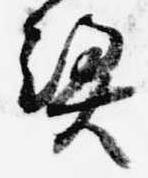
憑